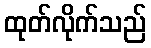
ထုတ်လိုက်သည်